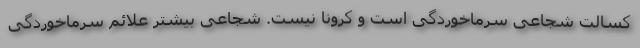
کسالت شجاعی سرماخوردگی است و کرونا نیست. شجاعی بیشتر علائم سرماخوردگی